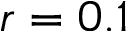
r = 0 . 1